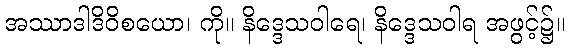
အဿာဒါဒိဝိစယော၊ ကို။ နိဒ္ဒေသဝါရေ၊ နိဒ္ဒေသဝါရ အဖွင့်၌။